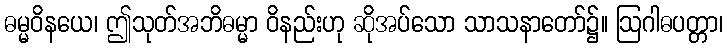
ဓမ္မဝိနယေ၊ ဤသုတ်အဘိဓမ္မာ ဝိနည်းဟု ဆိုအပ်သော သာသနာတော်၌။ ဩဂါဓပတ္တာ၊